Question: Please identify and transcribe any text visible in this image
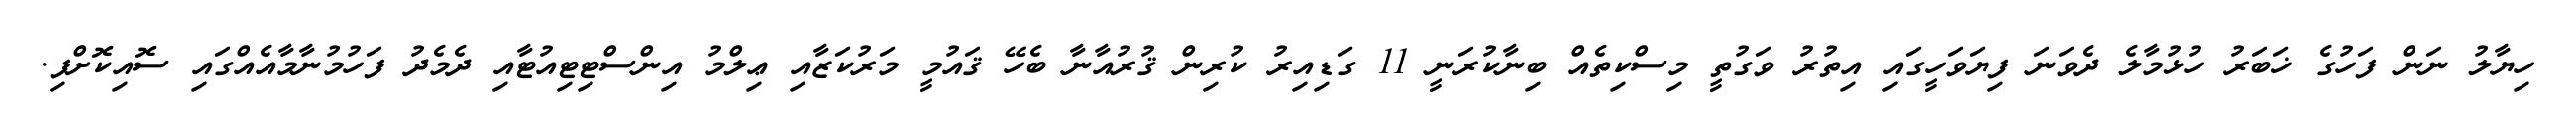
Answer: ހިޔާލު ނަން ފަހުގެ ޚަބަރު ހުޅުމާލެ ދެވަނަ ފިޔަވަހީގައި އިތުރު ވަގުތީ މިސްކިތެއް ބިނާކުރަނީ 11 ގަޑިއިރު ކުރިން ޤުރުއާނާ ބެހޭ ޤައުމީ މަރުކަޒާއި ޢިލްމު އިންސްޓިޓިއުޓާއި ދެމެދު ފަހުމުނާމާއެއްގައި ސޮއިކޮށްފި.